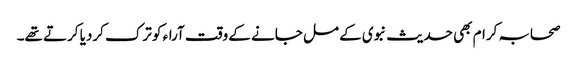
صحابہ کرام بھی حدیث نبوی کے مل جانے کے وقت آراء کو ترک کردیا کرتے تھے۔